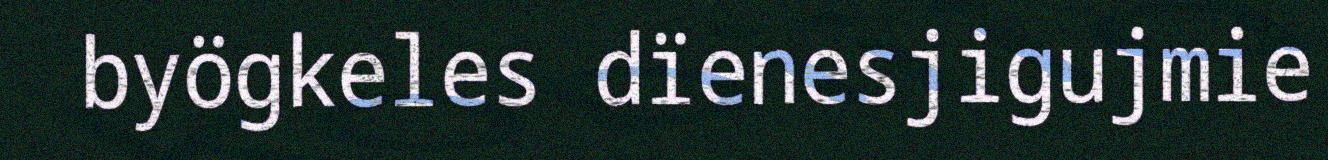
byögkeles dïenesjigujmie